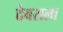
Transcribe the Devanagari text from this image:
देवराला